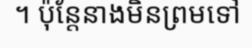
។ ប៉ុន្តែនាងមិនព្រមទៅ